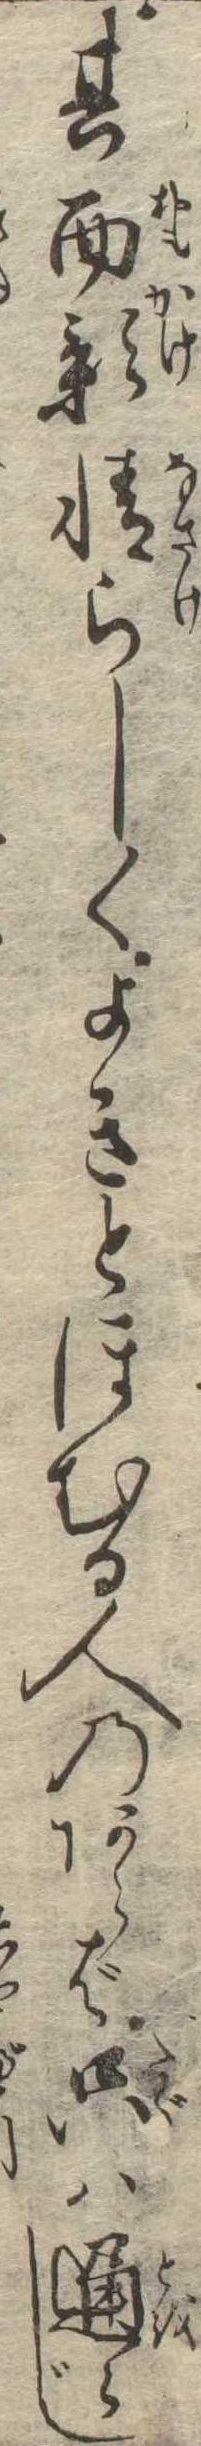
其面影情らしくよきとほむる人のあらば只は通らじ